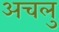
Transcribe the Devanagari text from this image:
अचलु